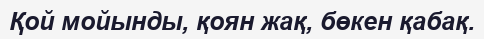
Қой мойынды, қоян жақ, бөкен қабақ.